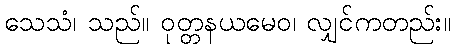
သေသံ၊ သည်။ ဝုတ္တနယမေဝ၊ လျှင်ကတည်း။